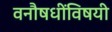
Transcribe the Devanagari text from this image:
वनौषधींविषयी